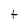
Character: t